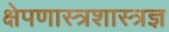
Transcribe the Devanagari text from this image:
क्षेपणास्त्रशास्त्रज्ञ